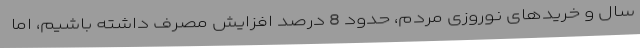
سال و خریدهای نوروزی مردم، حدود 8 درصد افزایش مصرف داشته باشیم، اما